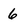
Character: 6